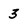
Character: 3